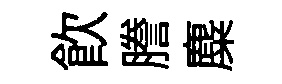
飲謄麋